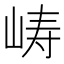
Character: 𫝵